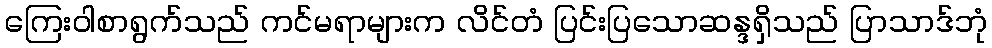
ကြေးဝါစာရွက်သည် ကင်မရာများက လိင်တံ ပြင်းပြသောဆန္ဒရှိသည် ပြာသာဒ်ဘုံ